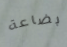
بضاعة